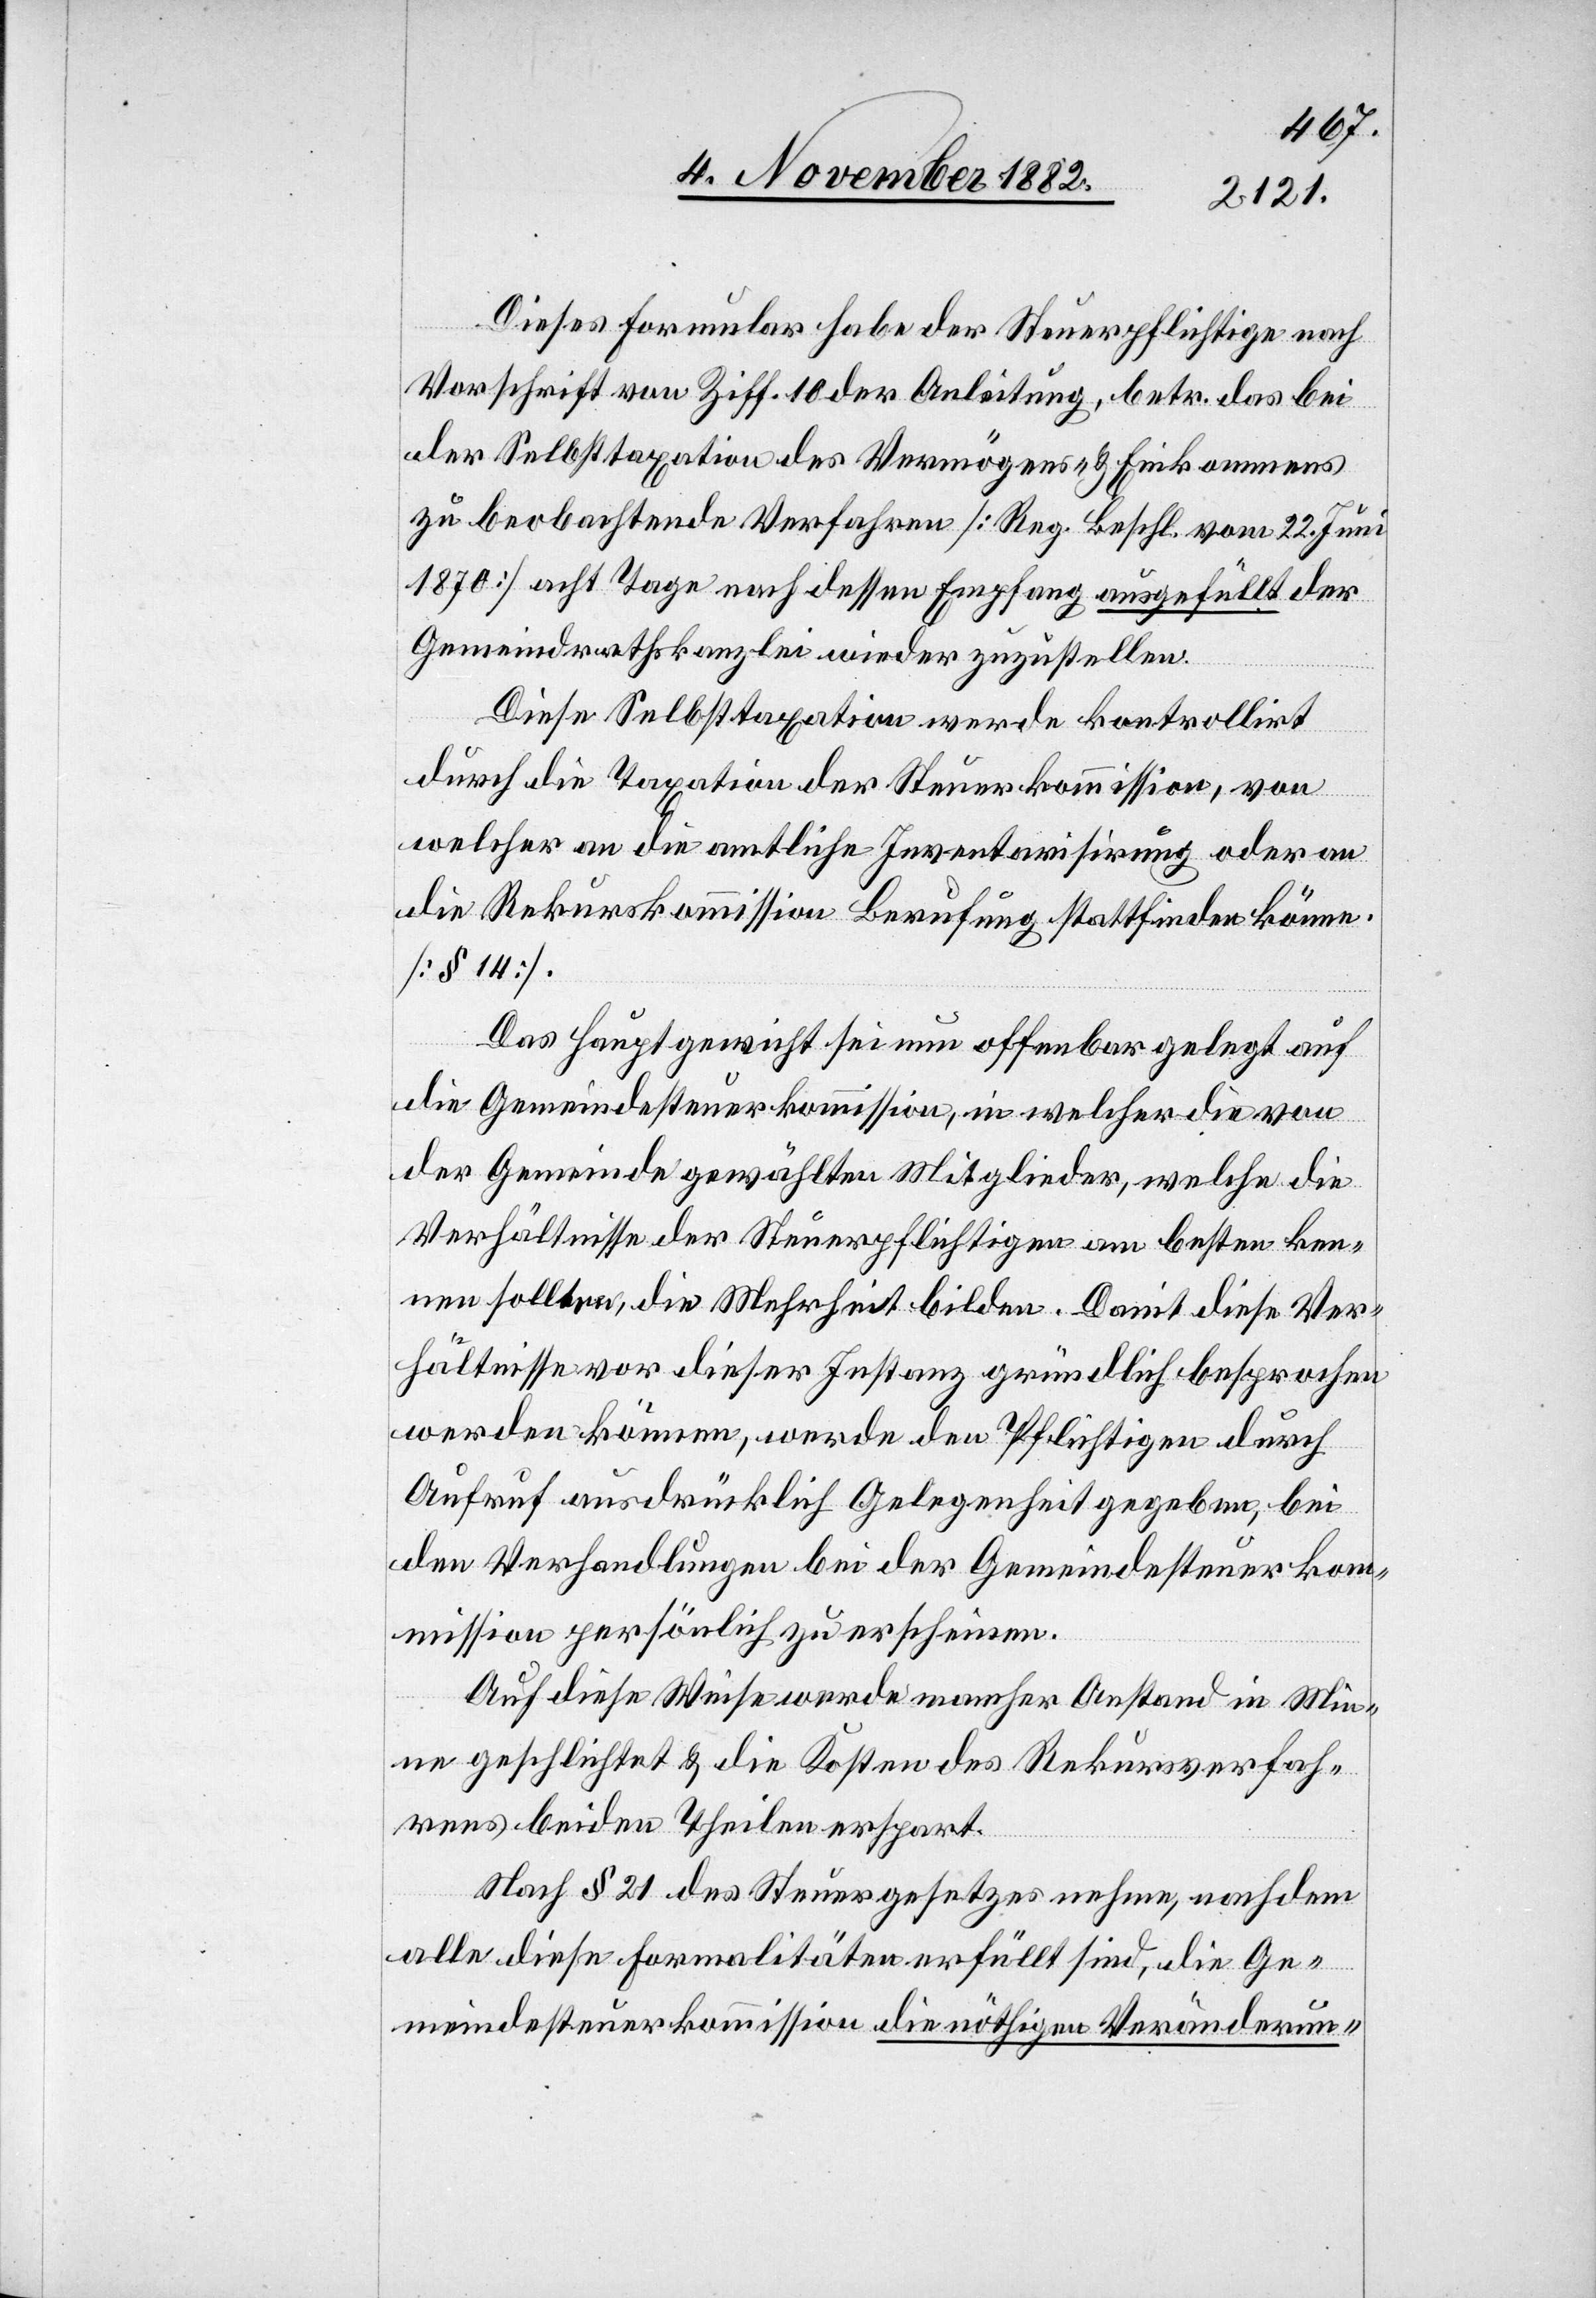
Dieses Formular habe der Steuerpflichtige nach
Vorschrift von Ziff. 10 der Anleitung, betr. das bei
der Selbsttaxation des Vermögens- & Einkommens
zu beobachtende Verfahren [Reg. Beschl. vom 22. Juni
1870] acht Tage nach dessen Empfang ausgefüllt der
Gemeindrathskanzlei wieder zuzustellen.
Diese Selbsttaxation werde kontrollirt
durch die Taxation der Steuerkommission, von
welcher an die amtliche Inventarisirung oder an
die Rekurskommission Berufung stattfinden könne.
[§ 14].
Das Hauptgewicht sei nun offenbar gelegt auf
die Gemeindesteuerkommission, in welcher die von
der Gemeinde gewählten Mitglieder, welche die
Verhältnisse der Steuerpflichtigen am besten ken¬
nen sollten, die Mehrheit bilden. Damit diese Ver¬
hältnisse vor dieser Instanz gründlich besprochen
werden können, werde den Pflichtigen durch
Aufruf ausdrücklich Gelegenheit gegeben, bei
den Verhandlungen bei der Gemeindesteuerko¬
mmission persönlich zu erscheinen.
Auf diese Weise werde mancher Anstand in Mie¬
ne geschlichtet & die Kosten des Rekursverfah¬
rens beiden Theilen erspart.
nach § 21 des Steuergesetzes nehme, nachdem
alle diese Formalitäten erfüllt sind, die Ge¬
meindesteuerkommission die nöthigen Veränderun-